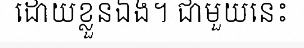
ដោយខ្លួនឯង។ ជាមួយនេះ